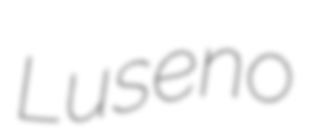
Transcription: Luseno